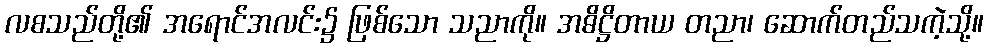
လစသည်တို့၏ အရောင်အလင်း၌ ဖြစ်သော သညာကို။ အဓိဋ္ဌိတာယ တညာ၊ ဆောက်တည်သကဲ့သို့။